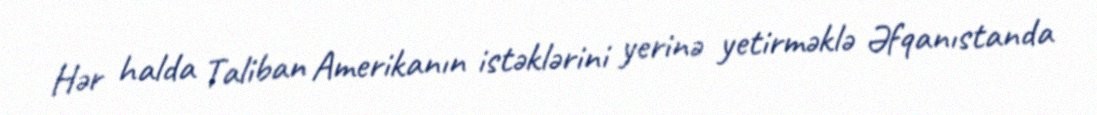
Hər halda Taliban Amerikanın istəklərini yerinə yetirməklə Əfqanıstanda